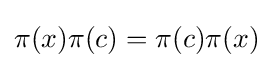
\pi (x)\pi (c)=\pi (c)\pi (x)